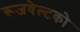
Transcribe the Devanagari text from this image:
रूजवेल्टको